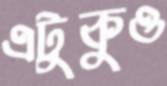
এটুকুও